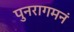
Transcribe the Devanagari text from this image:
पुनरागमनं